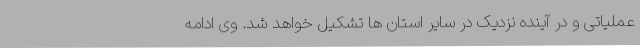
عملیاتی و در آینده نزدیک در سایر استان ها تشکیل خواهد شد. وی ادامه